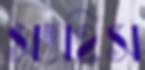
সংহিস